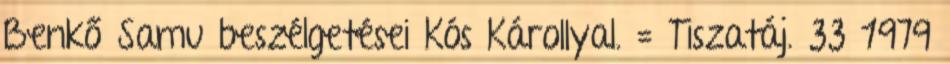
Benkő Samu beszélgetései Kós Károllyal. = Tiszatáj. 33 1979